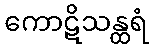
ကောဋိသန္ထရံ